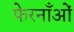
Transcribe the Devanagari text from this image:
फेरनाँओं